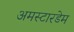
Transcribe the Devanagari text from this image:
अमस्टारडेम